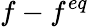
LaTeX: f-f^{eq}